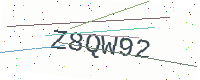
Text: Z8QW92